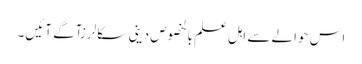
اس حوالے سے اہل علم بالخصوص دینی سکالرزآگے آئیں۔